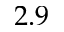
2 . 9